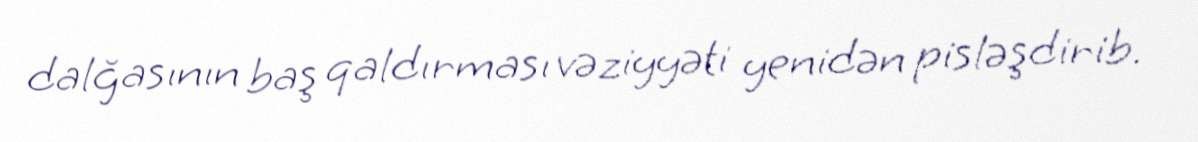
dalğasının baş qaldırması vəziyyəti yenidən pisləşdirib.